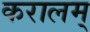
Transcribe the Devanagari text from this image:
करालम्